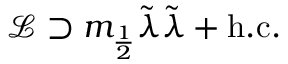
{ \mathcal { L } } \supset m _ { \frac { 1 } { 2 } } { \tilde { \lambda } } { \tilde { \lambda } } + { \mathrm { h . c . } }